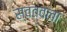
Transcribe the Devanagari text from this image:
स्वत्वला